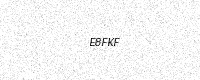
Text: E8FKF